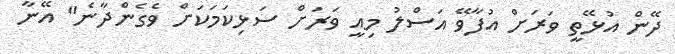
ދޭން އުޅޭތީ ވަރަށް އުފާވޭ އަސްލު މިއީ ވަރަށް ސަޅިކަމަކަށް ވެގެންދާނެ" އޭނާ